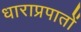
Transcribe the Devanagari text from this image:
धाराप्रपातों